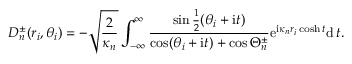
D _ { n } ^ { \pm } ( r _ { i } , \theta _ { i } ) = - \sqrt { \frac { 2 } { \kappa _ { n } } } \int _ { - \infty } ^ { \infty } \frac { \sin \frac { 1 } { 2 } ( \theta _ { i } + \mathrm { i } t ) } { \cos ( \theta _ { i } + \mathrm { i } t ) + \cos \Theta _ { n } ^ { \pm } } \mathrm { e } ^ { \mathrm { i } \kappa _ { n } r _ { i } \cosh t } \mathrm { d } \, t .